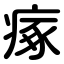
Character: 瘃